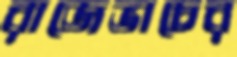
রাজেভাচের